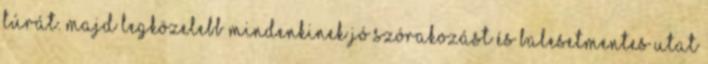
túrát. Majd legközelebb Mindenkinek jó szórakozást és balesetmentes utat